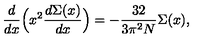
\frac { d } { d x } \Bigl ( x ^ { 2 } \frac { d \Sigma ( x ) } { d x } \Bigr ) = - \frac { 3 2 } { 3 \pi ^ { 2 } N } \Sigma ( x ) ,